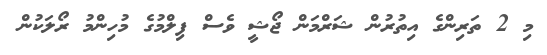
މި 2 ތަރިންގެ އިތުރުން ޝަރްމަން ޖޯޝީ ވެސް ފިލްމުގެ މުހިންމު ރޯލަކުން